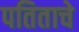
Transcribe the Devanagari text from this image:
पतिताचे